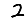
Digit: 2